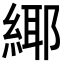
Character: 𦂫